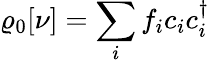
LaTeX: \begin{array}{l}{{\displaystyle\varrho_{\mathrm{0}}[{\nu}]=\sum_{i}f_{i}c_{i}c_{i}^{\dagger}}}\end{array}